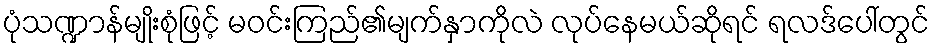
ပုံသဏ္ဍာန်မျိုးစုံဖြင့် မဝင်းကြည်၏မျက်နှာကိုလဲ လုပ်နေမယ်ဆိုရင် ရလဒ်ပေါ်တွင်